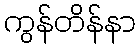
ကွန်တိန်နာ